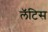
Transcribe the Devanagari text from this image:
लॅटिस